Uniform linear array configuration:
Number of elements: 32
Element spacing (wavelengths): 1
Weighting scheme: exponential
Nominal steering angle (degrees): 15
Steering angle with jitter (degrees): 13.898
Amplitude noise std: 0.05
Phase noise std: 0.05

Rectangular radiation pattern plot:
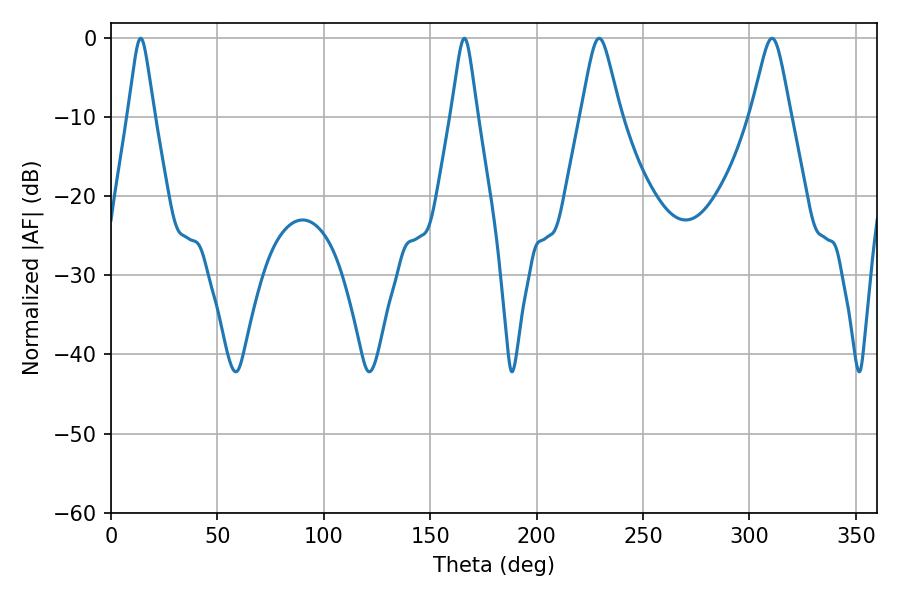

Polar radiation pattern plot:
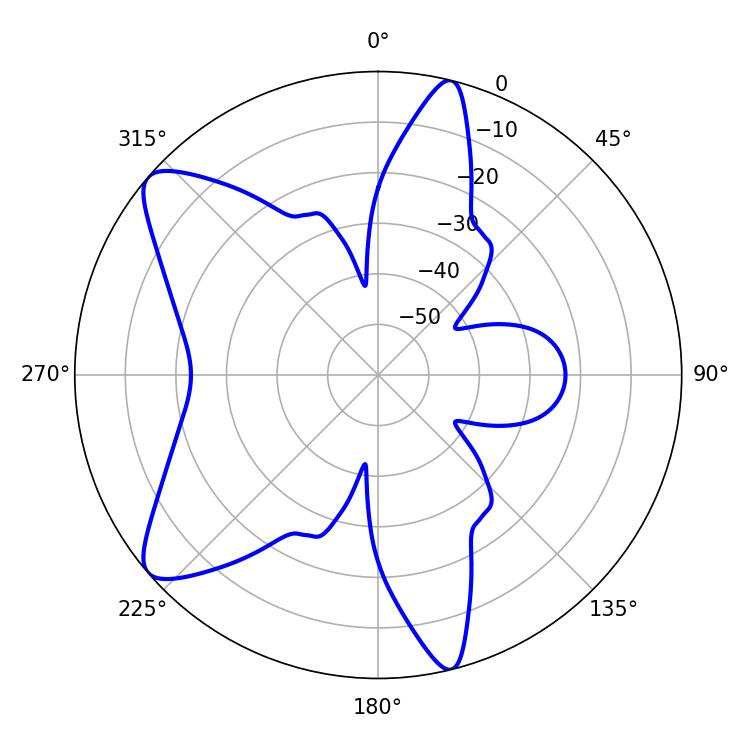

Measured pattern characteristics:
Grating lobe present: TRUE
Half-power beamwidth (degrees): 8.82
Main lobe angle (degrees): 229.32